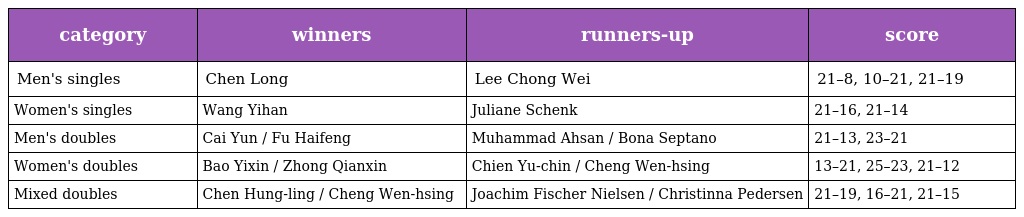
| category | winners | runners-up | score |
 | --- | --- | --- | --- |
 | Men's singles | Chen Long | Lee Chong Wei | 21–8, 10–21, 21–19 |
 | Women's singles | Wang Yihan | Juliane Schenk | 21–16, 21–14 |
 | Men's doubles | Cai Yun / Fu Haifeng | Muhammad Ahsan / Bona Septano | 21–13, 23–21 |
 | Women's doubles | Bao Yixin / Zhong Qianxin | Chien Yu-chin / Cheng Wen-hsing | 13–21, 25–23, 21–12 |
 | Mixed doubles | Chen Hung-ling / Cheng Wen-hsing | Joachim Fischer Nielsen / Christinna Pedersen | 21–19, 16–21, 21–15 |